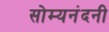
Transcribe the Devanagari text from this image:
सोम्यनंदनी